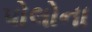
પોલોના